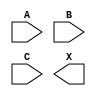
module sky130_fd_sc_hd__xnor3 (
    //# {{data|Data Signals}}
    input  A,
    input  B,
    input  C,
    output X
);

    // Voltage supply signals
    supply1 VPWR;
    supply0 VGND;
    supply1 VPB ;
    supply0 VNB ;

endmodule